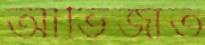
আভিজাত